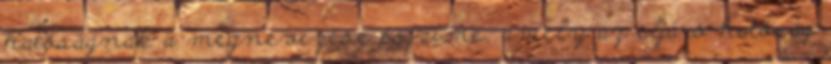
hatóságnak a megnevezése és címe, amely az eljáró hatóság